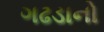
ગઢડાનો